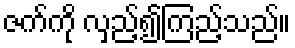
ဇက်ကို လှည့်၍ကြည့်သည်။